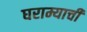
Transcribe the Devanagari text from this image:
घराम्याची